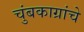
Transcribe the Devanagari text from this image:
चुंबकाग्रांचे